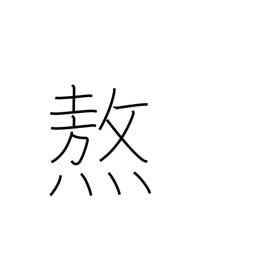
Meaning: roast